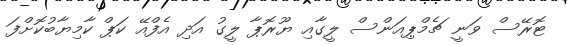
ޓޮރޭސް ވަނީ ޗެމްޕިއަންސް ލީގާއި ޔޫރޮޕާ ލީގު އަދި އެފްއޭ ކަޕް ކާމިޔާބުކޮށްފަ